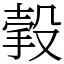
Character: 㨌